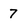
Character: 7